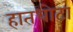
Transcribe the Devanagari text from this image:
हातधोटा